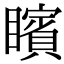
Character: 矉